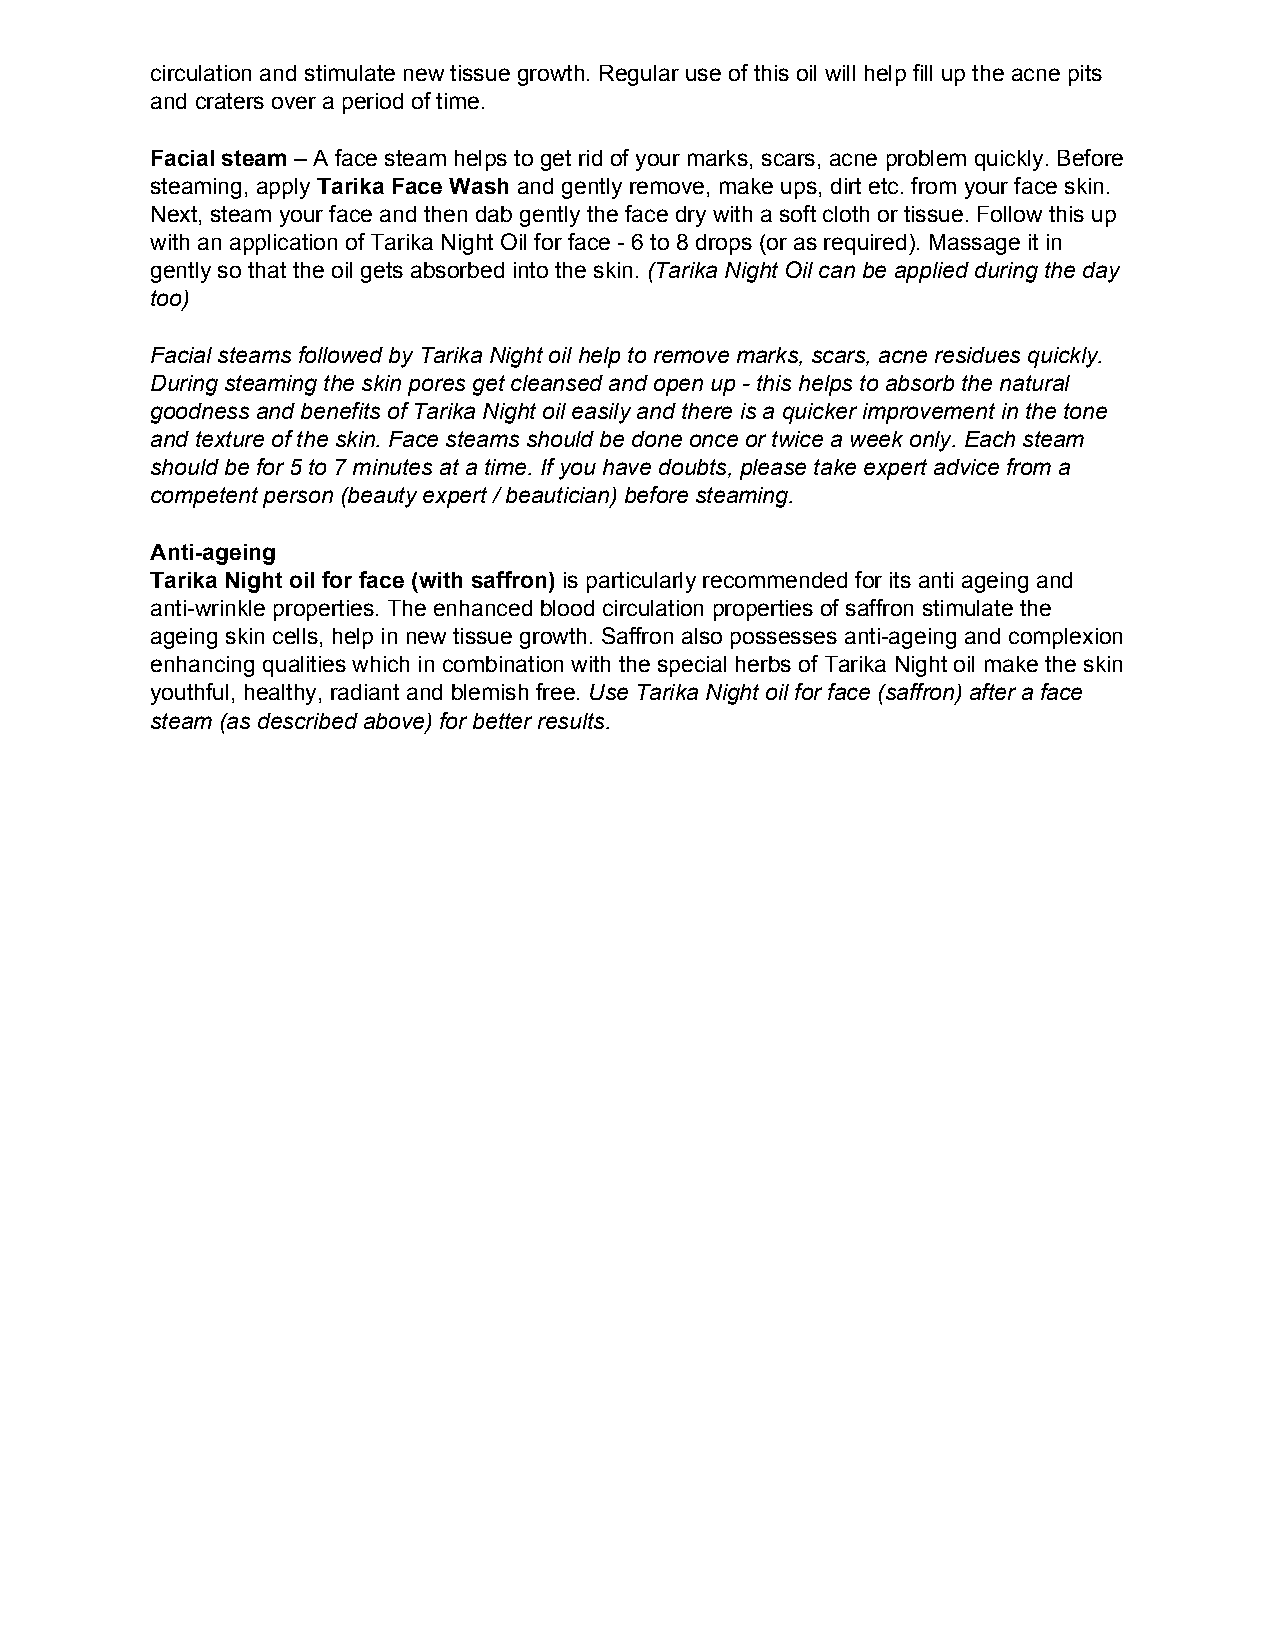
circulation and stimulate new tissue growth. Regular use of this oil will help fill up the acne pits
 and craters over a period of time.
 Facial steam – A face steam helps to get rid of your marks, scars, acne problem quickly. Before
 steaming, apply T arika Face Wash and gently remove, make ups, dirt etc. from your face skin.
 Next, steam your face and then dab gently the face dry with a soft cloth or tissue. Follow this up
 with an application of Tarika Night Oil for face ­ 6 to 8 drops (or as required). Massage it in
 gently so that the oil gets absorbed into the skin. ( Tarika Night Oil can be applied during the day
 too)
 Facial steams followed by Tarika Night oil help to remove marks, scars, acne residues quickly.
 During steaming the skin pores get cleansed and open up ­ this helps to absorb the natural
 goodness and benefits of Tarika Night oil easily and there is a quicker improvement in the tone
 and texture of the skin. Face steams should be done once or twice a week only. Each steam
 should be for 5 to 7 minutes at a time. If you have doubts, please take expert advice from a
 competent person (beauty expert / beautician) before steaming.
 Anti­ageing
 Tarika Night oil for face (with saffron) is particularly recommended for its anti ageing and
 anti­wrinkle properties. The enhanced blood circulation properties of saffron stimulate the
 ageing skin cells, help in new tissue growth. Saffron also possesses anti­ageing and complexion
 enhancing qualities which in combination with the special herbs of Tarika Night oil make the skin
 youthful, healthy, radiant and blemish free. U se Tarika Night oil for face (saffron) after a face
 steam (as described above) for better results.